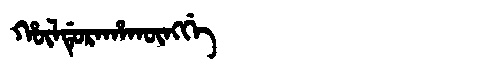
Manchu: ᡥᡡᠯᡩᡠᡵᠠᡥᠠᡴᡡᠩᡤᡝ
Romanization: HŪLDURAHAKŪNGGE